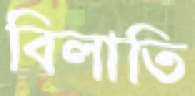
বিলাতি